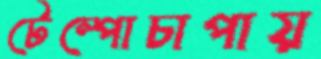
টেম্পোচাপায়